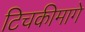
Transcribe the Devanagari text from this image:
टिचकीमागे